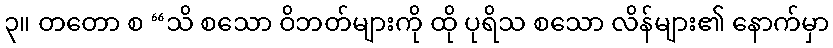
၃။ တတော စ “သိ စသော ဝိဘတ်များကို ထို ပုရိသ စသော လိန်များ၏ နောက်မှာ